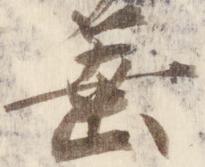
垂